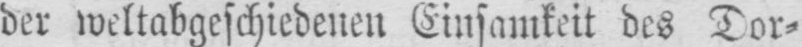
der weltabgeschiedenen Einsamkeit des Dor⸗